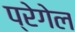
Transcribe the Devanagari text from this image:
प्रेगेल